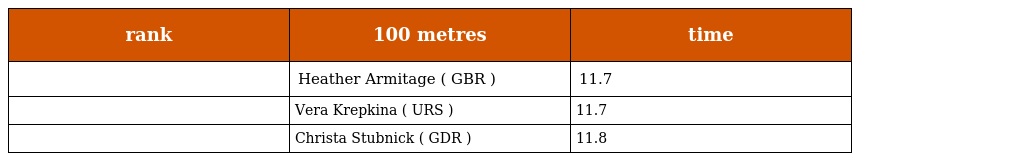
| rank | 100 metres | time |
 | --- | --- | --- |
 |  | Heather Armitage ( GBR ) | 11.7 |
 |  | Vera Krepkina ( URS ) | 11.7 |
 |  | Christa Stubnick ( GDR ) | 11.8 |